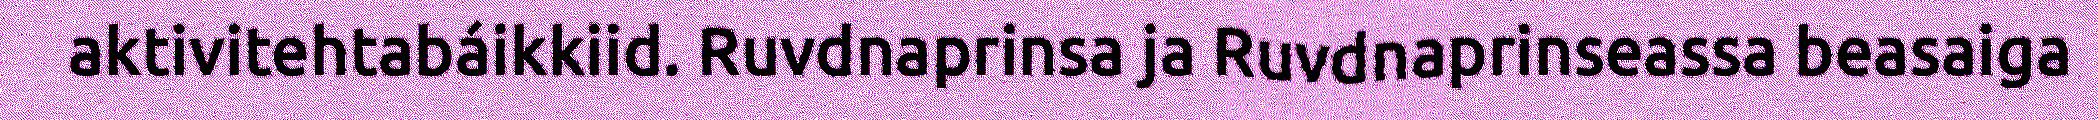
aktivitehtabáikkiid. Ruvdnaprinsa ja Ruvdnaprinseassa beasaiga